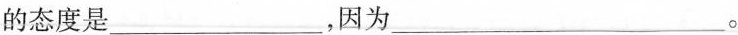
的态度是___ ，因为___ 。